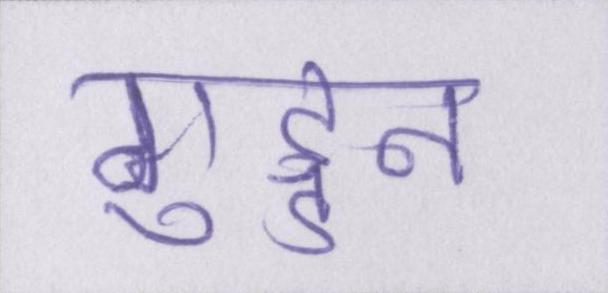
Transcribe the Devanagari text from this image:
गुड्डन